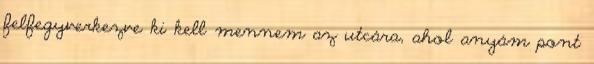
felfegyverkezve ki kell mennem az utcára, ahol anyám pont